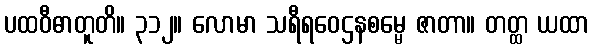
ပထဝီဓာတူတိ။ ၃၁၂။ လောမာ သရီရဝေဌနစမ္မေ ဇာတာ။ တတ္ထ ယထာ